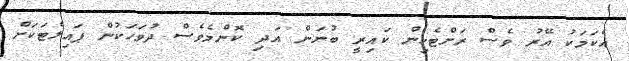
އެކަމަކު އޭރު ވެސް ރަށްޓެހިން ކައިރީ ބުނަން އަދި ކޮންމެވެސް ދުވަހަކުން ޕައިލެޓަކަށް